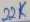
Text: 22K